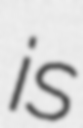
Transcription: is